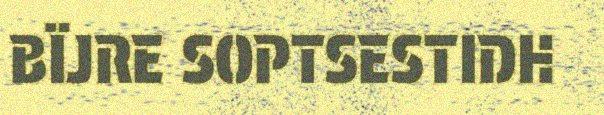
BÏJRE SOPTSESTIDH